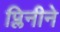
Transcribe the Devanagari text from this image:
प्लिनीने